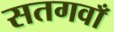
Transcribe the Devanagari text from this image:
सतगवाँ